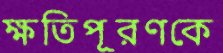
ক্ষতিপূরণকে